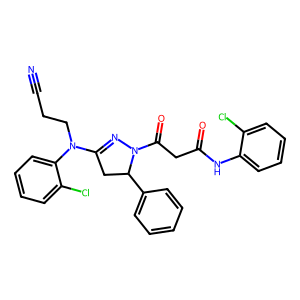
SMILES: N#CCCN(C1=NN(C(=O)CC(=O)Nc2ccccc2Cl)C(c2ccccc2)C1)c1ccccc1Cl
Inhibits HIV replication: No